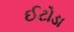
ઈટોડા